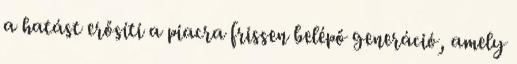
a hatást erősíti a piacra frissen belépő generáció, amely